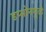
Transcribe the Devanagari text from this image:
डप्सोनमुळे